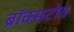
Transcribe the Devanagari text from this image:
ब्रॉक्सटोव